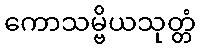
ကောသမ္ဗိယသုတ္တံ